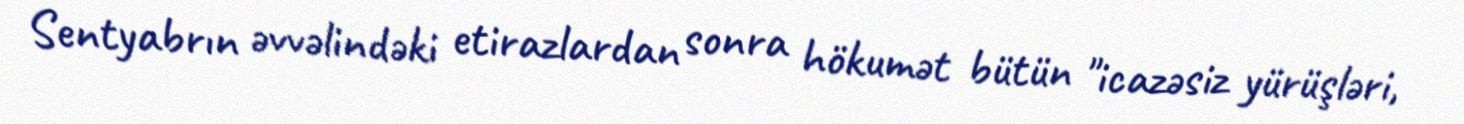
Sentyabrın əvvəlindəki etirazlardan sonra hökumət bütün "icazəsiz yürüşləri,